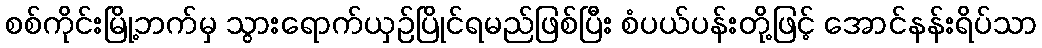
စစ်ကိုင်းမြို့ဘက်မှ သွားရောက်ယှဉ်ပြိုင်ရမည်ဖြစ်ပြီး စံပယ်ပန်းတို့ဖြင့် အောင်နန်းရိပ်သာ